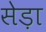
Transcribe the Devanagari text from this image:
सेड़ा